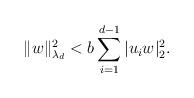
LaTeX: \begin{align*} \|w\|_{\lambda_d}^2<b\sum_{i=1}^{d-1}|u_iw|_2^2.\end{align*}